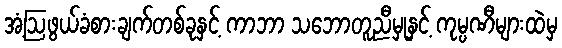
အံ့ဩဖွယ်ခံစားချက်တစ်ခုနှင့် ကာဘာ သဘောတူညီမှုနှင့် ကုမ္ပဏီများထဲမှ